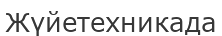
Жүйетехникада